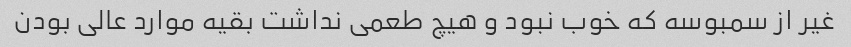
غیر از سمبوسه که خوب نبود و هیچ طعمی نداشت بقیه موارد عالی بودن